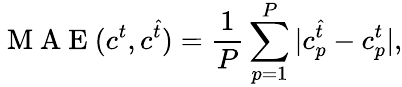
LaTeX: \mathrm{~M~A~E~}(c^{t},c^{\hat{t}})=\frac{1}{P}\sum_{p=1}^{P}|c_{p}^{\hat{t}}-c_{p}^{t}|,